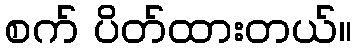
စက် ပိတ်ထားတယ်။